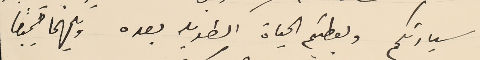
سيادتكم ويعطيكم الحياة الطويلة بعده ويلهمنا جميعًا